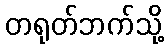
တရုတ်ဘက်သို့